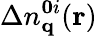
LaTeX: \Delta n_{\mathbf{q}}^{\mathbf{0}i}(\mathbf{r})